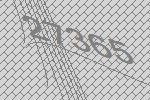
27365